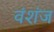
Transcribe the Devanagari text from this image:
वंशंज